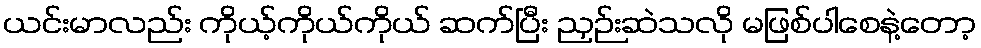
ယင်းမာလည်း ကိုယ့်ကိုယ်ကိုယ် ဆက်ပြီး ညှဉ်းဆဲသလို မဖြစ်ပါစေနဲ့တော့